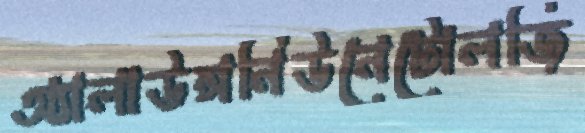
অ্যালাউন্সনিউনেটোলজি